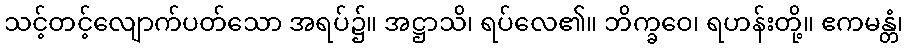
သင့်တင့်လျောက်ပတ်သော အရပ်၌။ အဋ္ဌာသိ၊ ရပ်လေ၏။ ဘိက္ခဝေ၊ ရဟန်းတို့။ ဧကမန္တံ၊